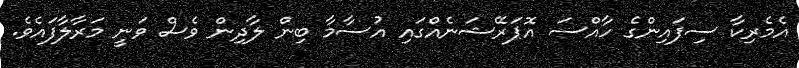
އެމެރިކާ ސިފައިންގެ ހާއްސަ އޮޕަރޭޝަނެއްގައި އުސާމާ ބިން ލާދިން ވެސް ވަނީ މަރާލާފައެވެ.